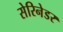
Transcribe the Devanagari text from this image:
सेरिनेडर